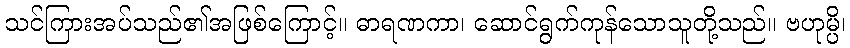
သင်ကြားအပ်သည်၏အဖြစ်ကြောင့်။ ဓာရဏကာ၊ ဆောင်ရွက်ကုန်သောသူတို့သည်။ ဗဟုမ္ပိ၊